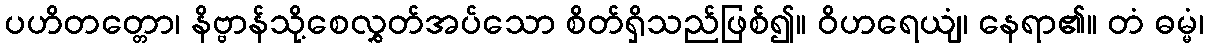
ပဟိတတ္တော၊ နိဗ္ဗာန်သို့စေလွှတ်အပ်သော စိတ်ရှိသည်ဖြစ်၍။ ဝိဟရေယျံ၊ နေရာ၏။ တံ ဓမ္မံ၊